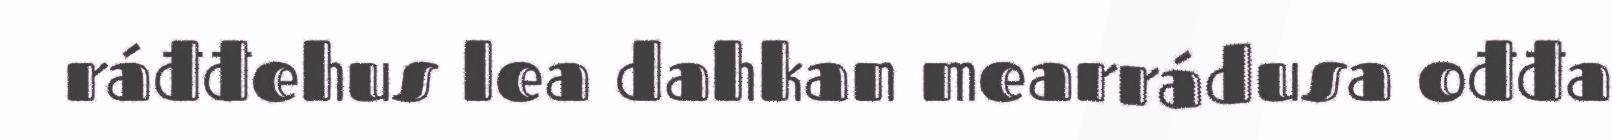
ráđđehus lea dahkan mearrádusa ođđa